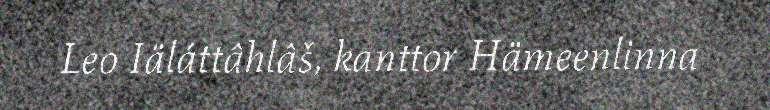
Leo Iäláttâhlâš, kanttor Hämeenlinna